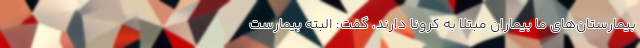
بیمارستان‌های ما بیماران مبتلا به کرونا دارند، گفت: البته بیمارست